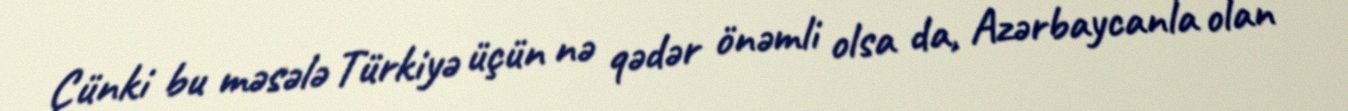
Çünki bu məsələ Türkiyə üçün nə qədər önəmli olsa da, Azərbaycanla olan